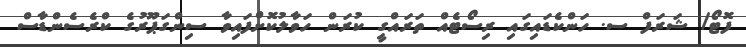
ފޮޓޯ/ ޝަރަފް ސ. ހަންކެޑައިގައި ރިސޯޓެއް ތަރައްގީ ކުރަން ހަވާލުކޮށްފައިވާ ސިންގަޕޫރުގެ ކްރެސެންޑާސް